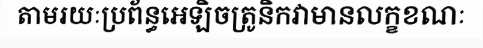
តាមរយៈប្រព័ន្ធអេឡិចត្រូនិកវាមានលក្ខខណៈ